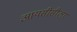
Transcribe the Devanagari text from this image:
आयसीसीला